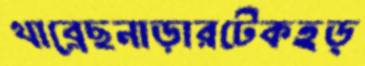
খাব্‌লেছনাড়ারটেকহড়্